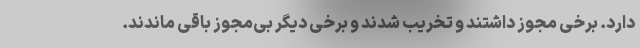
دارد. برخی مجوز داشتند و تخریب شدند و برخی دیگر بی‌مجوز باقی ماندند.